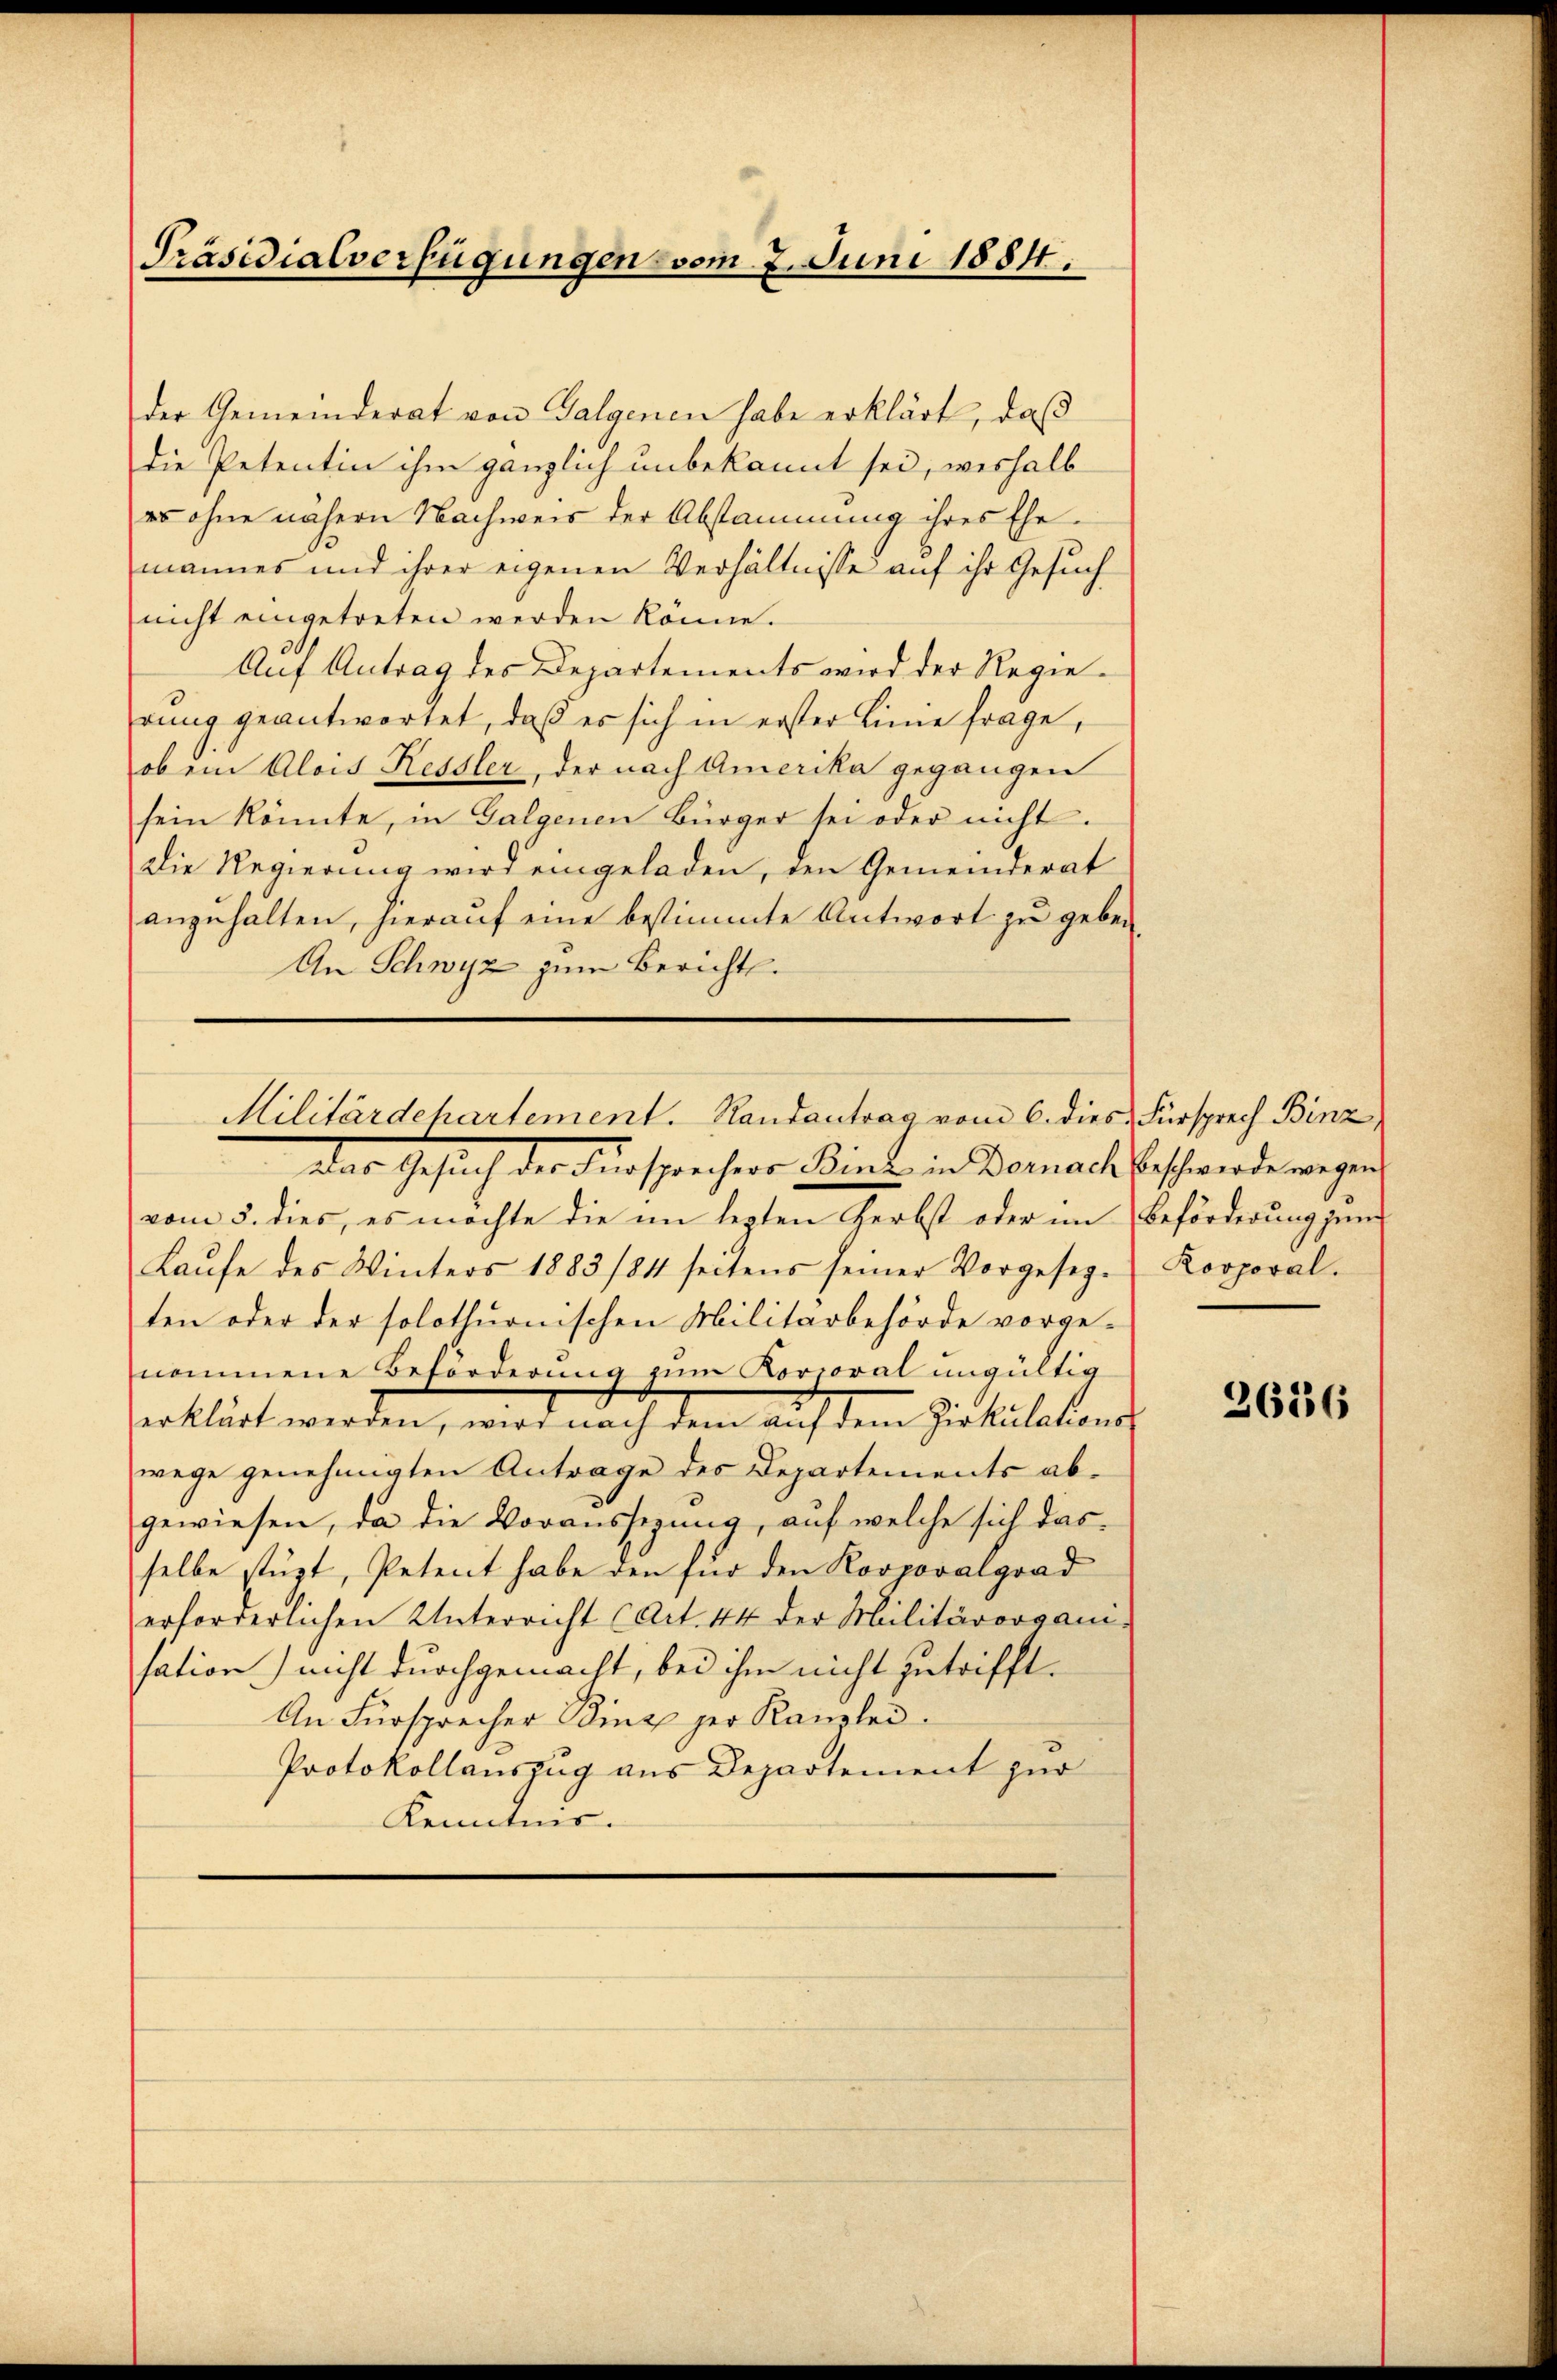
Präsidialverfügungen vom 7. Juni 1884.

der Gemeinderat von Galgenen habe erklärt, daß
die Petentin ihm gänzlich unbekannt sei, weshalb
es ohne nähern Nachweis der Abstammung ihres Ehe-
mannes und ihrer eigenen Verhältnisse auf ihr Gesuch
nicht eingetreten werden könne.
Auf Antrag des Departements wird der Regierung geantwortet, daß es sich in erster Linie frage,
ob ein Alois Kessler, der nach Amerika gegangen
sein könnte, in Galgenen Bürger sei oder nicht.
Die Regierung wird eingeladen, den Gemeinderat
anzŭhalten, hieraŭf eine bestimmte Antwort zu geben,
An Schwyz zum Bericht.
 Das Gesuch des Fürsprecher Kinde in Vornach Bestande wegen
vom 5. dies, es möchte die im lezten Herbst oder im Beförderung jen
Laŭfe des Winters 1883/84 seitens seiner Vorgeseg-Korporal.
ten oder der solothurnischen Militärbehörde vorgenommene Beförderung zum Korporal ungültig
erklärt werden, wird nach dem auf dem Zirkulations-
wege genehmigten Antrage des Departements abgewiesen, da die Voraussezung, auf welche sich dasselbe stüzt, Petent habe den für den Korporalgrad
erforderlichen Unterricht (Art. 44 der Militärorgani-
sation) nicht durchgemacht, bei ihm nicht zutrifft.
An Fürsprecher Binz der Kanzlei¬
Protokollauszug aus Departement zur
Kenntnis.

Militärdepartement. Randantrag vom 6. dies Fürsprech Binz

2626